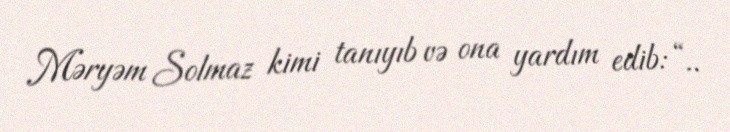
Məryəm Solmaz kimi tanıyıb və ona yardım edib: “..